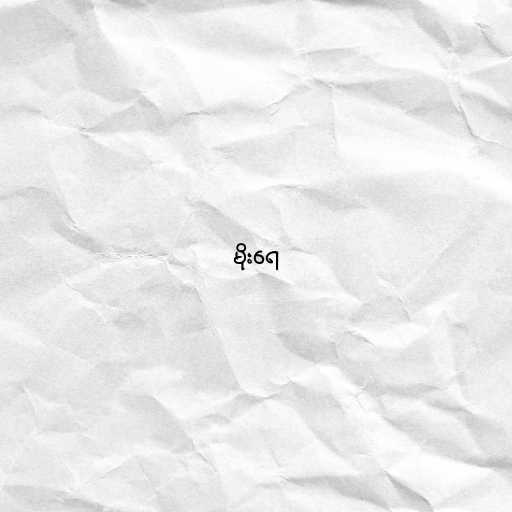
မိုးရေ